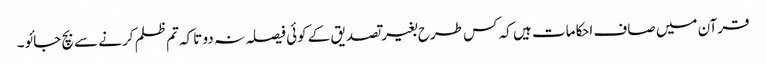
قرآن میں صاف احکامات ہیں کہ کس طرح بغیر تصدیق کے کوئی فیصلہ نہ دو تاکہ تم ظلم کرنے سے بچ جائو۔